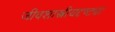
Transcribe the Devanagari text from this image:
जीवशास्त्रीयदृष्ट्या